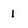
Character: 1